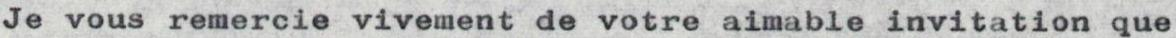
Je vous remercie vivement de votre aimable invitation que